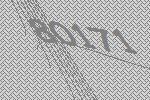
80171